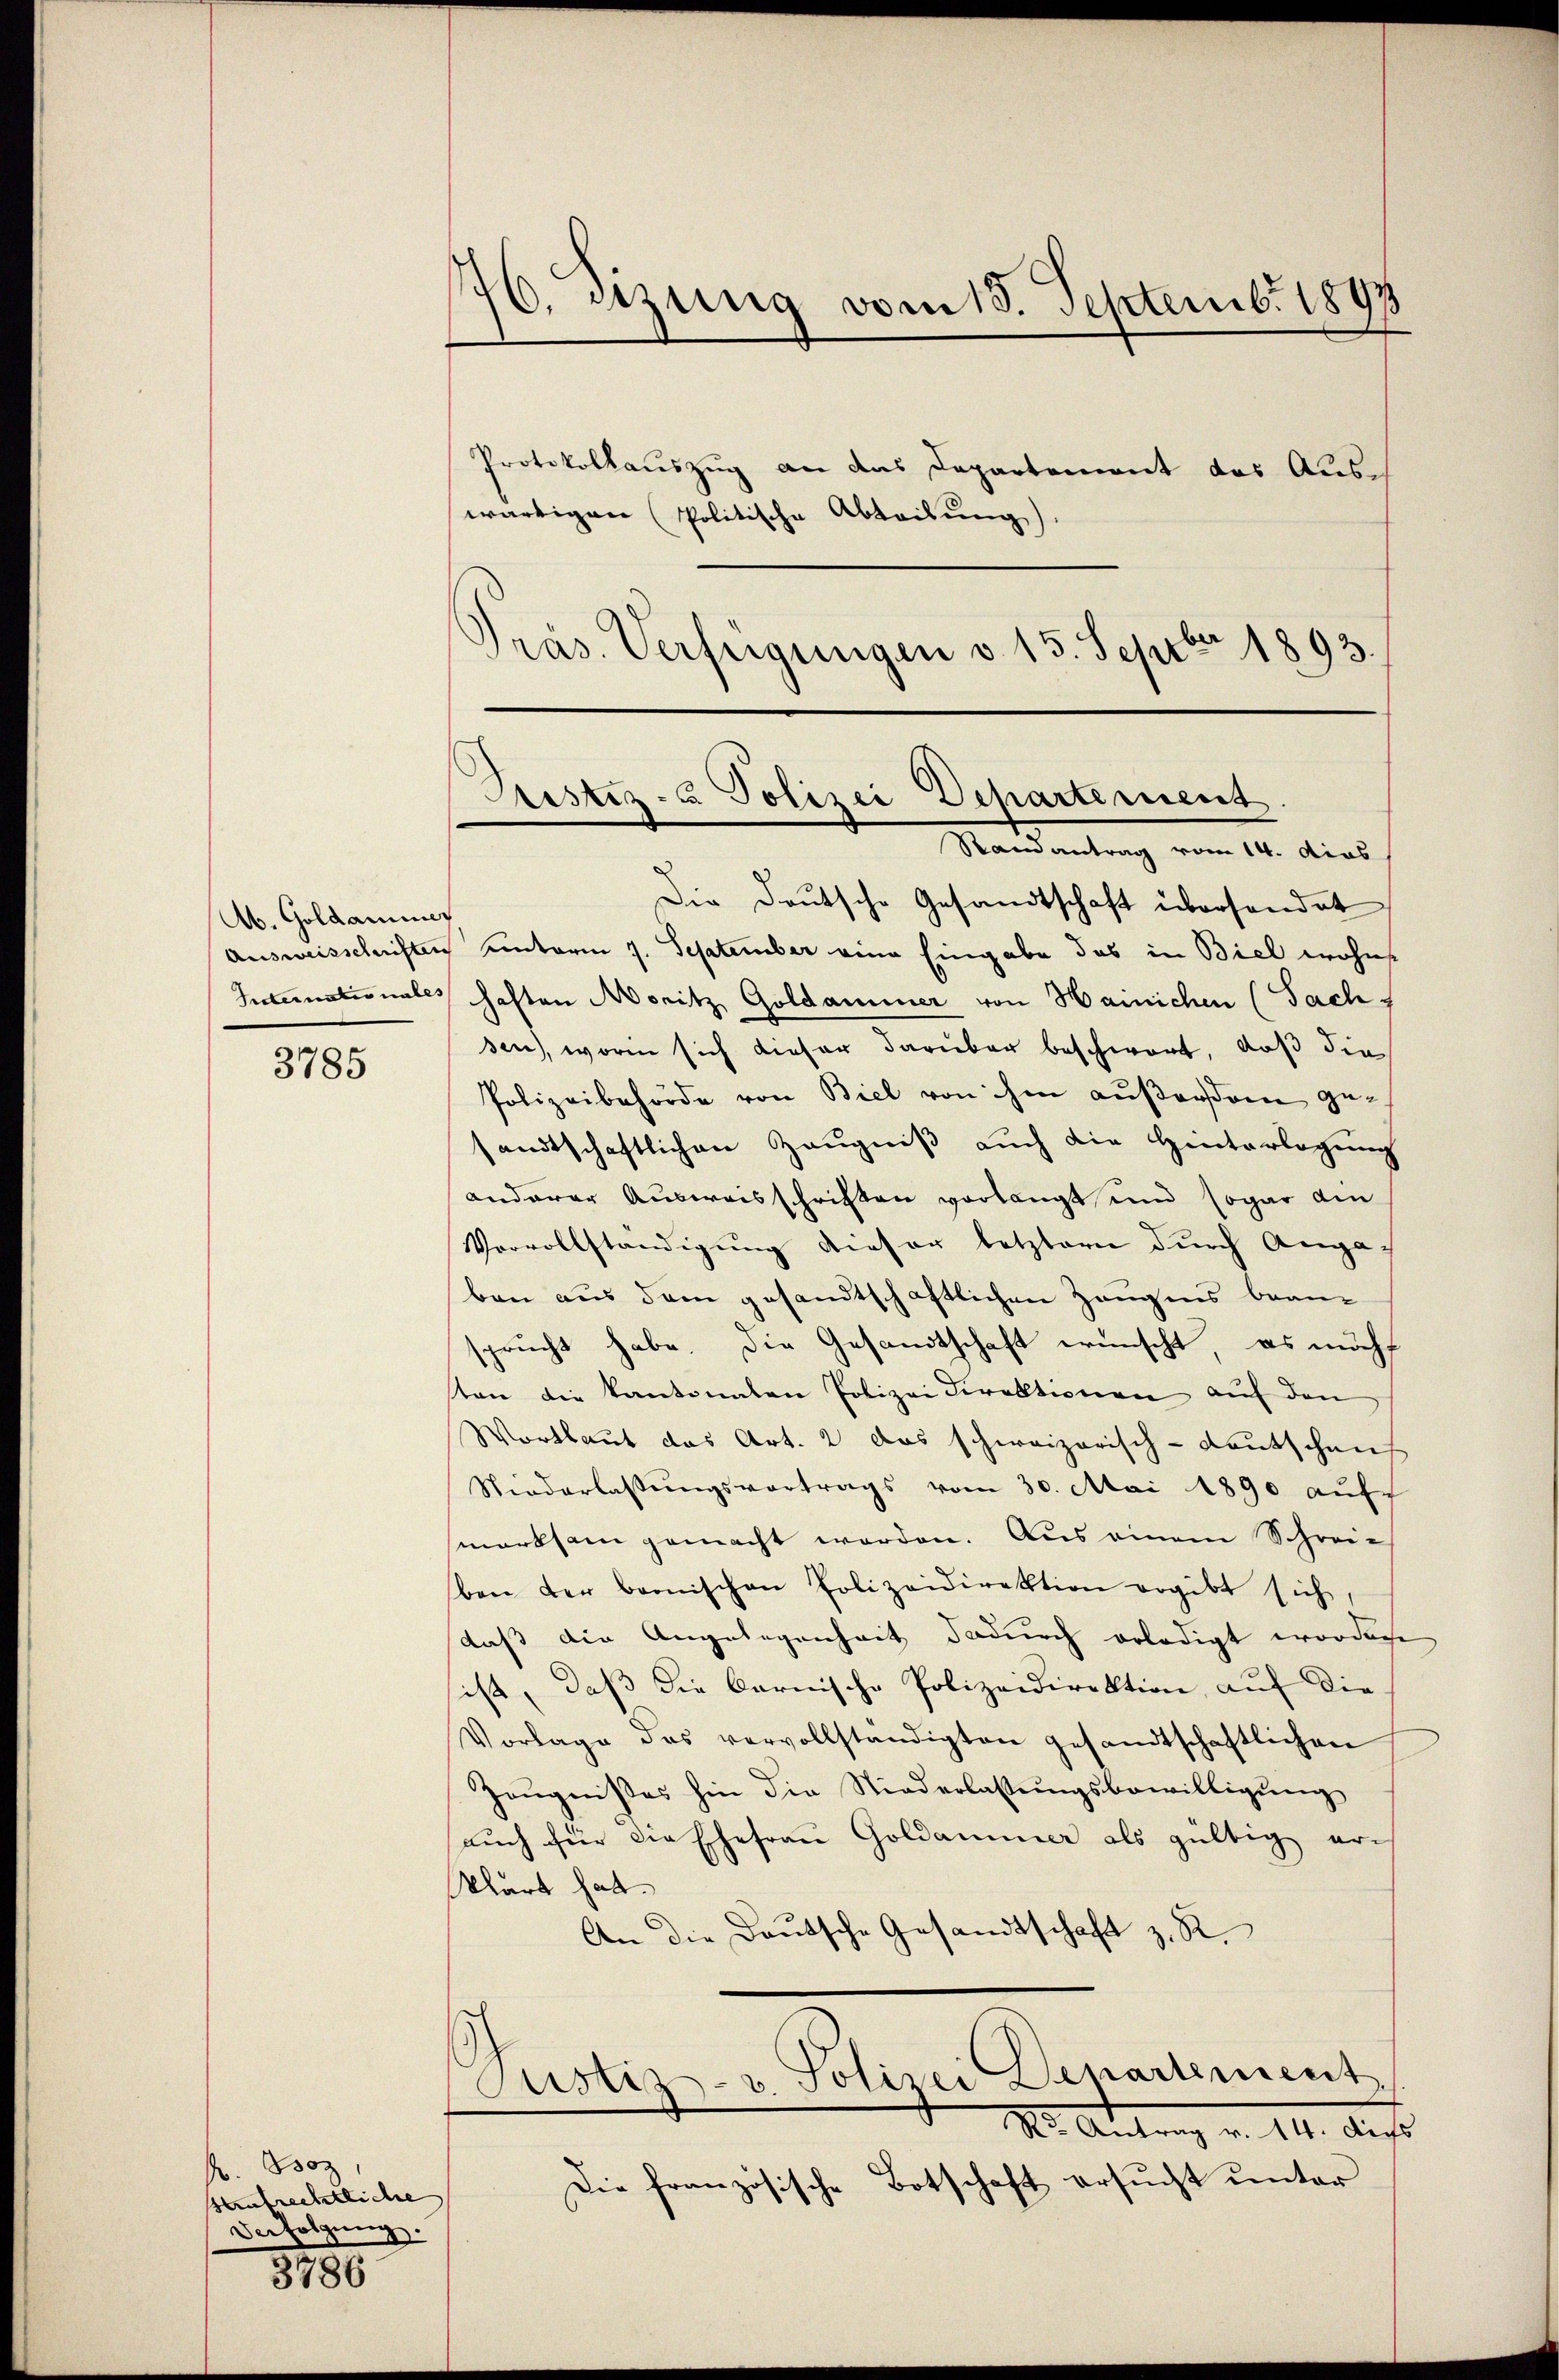
Ab. Goldammer
Ausweisschriften
Internationales

3785

P. Boz
saufrechtliche
Der folgung.

3786

76. Szung vom 15. Septemb. 1897
Protokollauszug an das Departement das Auswärtigen Politische Abteilung)
Präs. Verfügungen v. 15. Septbr 1893.

Justiz- & Polizei Departement
Mandantrag vom 12. dies

Die Deutsche Gesandtschaft übersendet
unterm 7. September eine Eingabe das in Biel wohn
haften Moritz Goldaminer von Hainichen (Sach
sen, worin sich dieser darüber beschwort, daß die
Polizeibehörde von Biel von ihm außersiren gesandtschaftlichen Zeugniß auch die Hinterlegung
anderer Ausweisschriften verlangt und sogar din
Vervollständigung dieser letztern durch Angaben aus dem gesandtschaftlichen Zeugnis bean-
sprucht habe. Die Gesandtschaft wünscht, es möch
ten die kantonalen Polizei Direktionen auf den
Wortlaut das Art. 2 das schweizerisch-Kautschaus
Niederlassŭngsvertrags vom 30. Mai 1890 aŭf
merksam gemacht worden. Aus einem Schreie
ben der bannischen Polizeidirektion ergibt sich
daß die Angelegenheit dadurch erledigt worden.
ist, daß die Carnische Polizeidirektion, auf die
Vorlage des vervollständigten gesandtschaftlichen
Zeugnißes hin die Niederlassungsbewilligung
auch für die Ehefrau Goldammer als gültig er¬
Klart hat.
An die Daŭtsche Gesandtschaft z. R.
Justiz- u. Polizei Departement
M. Antrag v. 11. Aus
Die französische Botschaft ersucht unter